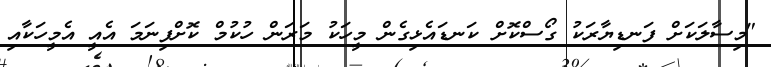
"މިސާލަކަށް ފަނޑިޔާރަކު ގޯސްކޮށް ކަނޑައެޅިގެން މީހަކު މަރަން ހުކުމް ކޮށްފިނަމަ އެއީ އެމީހަކާއި